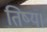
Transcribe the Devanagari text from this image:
तिष्य।